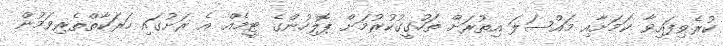
ކުރެވިފައިވާ ކަމަށާއި މައްސަލަ އިތުރަށް ތަހުގީގުކުރުމަށް ޕޮލިހުންގެ ޓީމެއް އެ ރަށުގައި ހަރަކާތްތެރިވަމުން